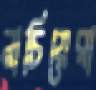
নাচিয়েরা